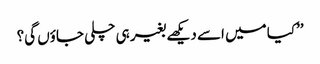
’’کیا میں اسے دیکھے بغیر ہی چلی جاؤں گی؟